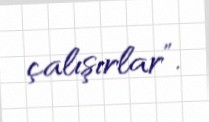
çalışırlar”.